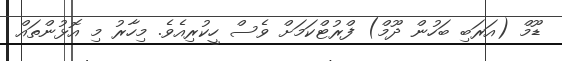
ޑޫމް (އަރަބި ބަހުން ދޫމް) ފްރުޓްކަމަށް ވެސް ހީކުރިއެވެ. މިހާރު މި އޮޅުންތައް